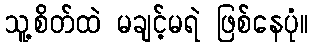
သူ့စိတ်ထဲ မချင့်မရဲ ဖြစ်နေပုံ။